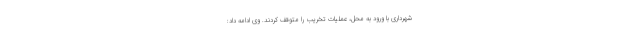
شهرداری با ورود به محل، عملیات تخریب را متوقف کردند. وی ادامه داد: